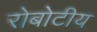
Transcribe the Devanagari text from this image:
रोबोटीय